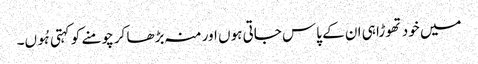
میں خود تھوڑا ہی ان کے پاس جاتی ہوں اور منہ بڑھا کر چومنے کو کہتی ہُوں۔